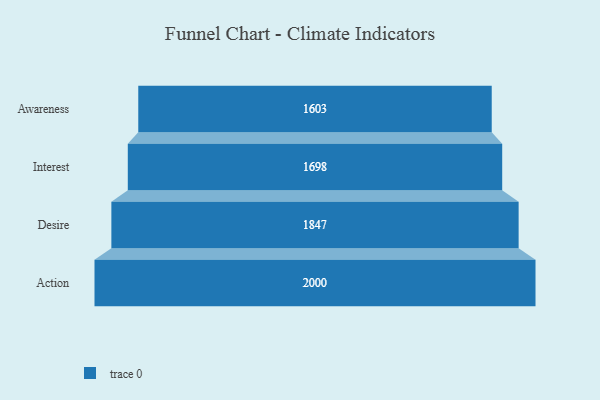
{"axis": {"x": "Stage", "y": "Value"}, "legend": [""], "data": [{"x": "Awareness", "y": 1603.0, "type": ""}, {"x": "Interest", "y": 1698.0, "type": ""}, {"x": "Desire", "y": 1847.0, "type": ""}, {"x": "Action", "y": 2000, "type": ""}]}